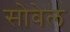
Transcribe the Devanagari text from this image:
सोवेल